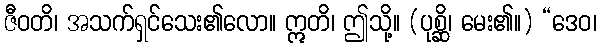
ဇီဝတိ၊ အသက်ရှင်သေး၏လော။ ဣတိ၊ ဤသို့။ (ပုစ္ဆိ၊ မေး၏။) “ဒေဝ၊